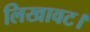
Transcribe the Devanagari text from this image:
लिखावट।